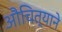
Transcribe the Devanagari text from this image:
औचित्याने